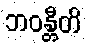
ဘဝန္တီတိ